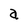
Character: a